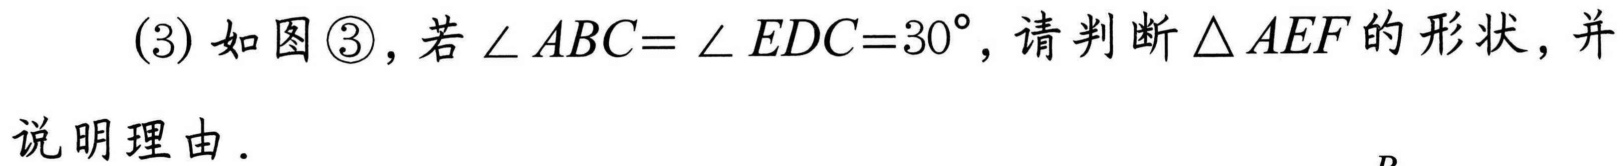
(3) 如图\textcircled{3}，若\(\angle ABC = \angle EDC = 30^{\circ}\)，请判断\(\triangle AEF\)的形状，并说明理由．